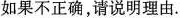
如果不正确，请说明理由。